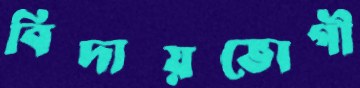
বিদায়ভোগী